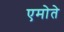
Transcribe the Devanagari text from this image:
एमोते